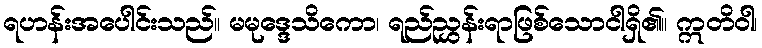
ရဟန်းအပေါင်းသည်။ မမုဒ္ဒေသိကော၊ ရည်ညွှန်းရာဖြစ်သောငါရှိ၏။ ဣတိဝါ၊